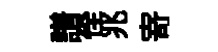
譜佺兆𭔃